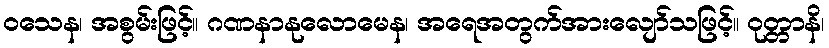
ဝသေန၊ အစွမ်းဖြင့်။ ဂဏနာနုလောမေန၊ အရေအတွက်အားလျော်သဖြင့်။ ဝုတ္တာနိ၊